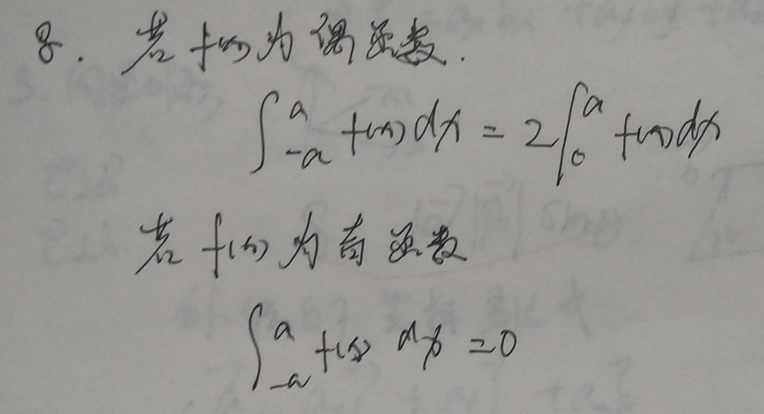
8. 若 \(f(x)\) 为偶函数：
\[
\int_{-a}^{a} f(x)dx = 2\int_{0}^{a} f(x)dx
\]
若 \(f(x)\) 为奇函数：
\[
\int_{-a}^{a} f(x)dx = 0
\]